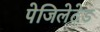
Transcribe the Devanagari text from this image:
पेजिलेटेड